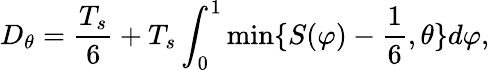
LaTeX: D_{\theta}={\frac{T_{s}}{6}}+T_{s}\int_{0}^{1}\operatorname*{min}\{ S(\varphi)-{\frac{1}{6}},\theta\} d\varphi,